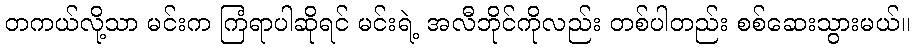
တကယ်လို့သာ မင်းက ကြံရာပါဆိုရင် မင်းရဲ့ အလီဘိုင်ကိုလည်း တစ်ပါတည်း စစ်ဆေးသွားမယ်။